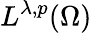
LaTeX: L^{\lambda,p}(\Omega)